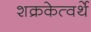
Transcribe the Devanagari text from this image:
शक्रकेत्वर्थे